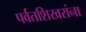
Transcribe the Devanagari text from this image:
पर्वतशिखरांना